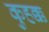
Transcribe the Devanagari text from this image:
कुहक्क